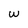
Character: w